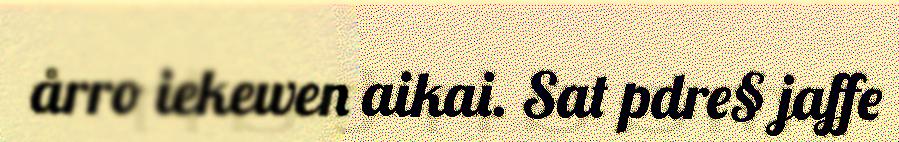
årro iekewen aikai. Sat pdre§ jaffe